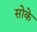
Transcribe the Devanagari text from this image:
सोके